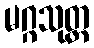
မဂ္ဂသုတ္တ